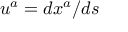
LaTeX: u ^ { a } = d x ^ { a } / d s